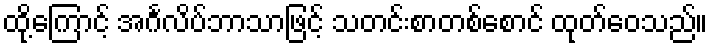
ထို့ကြောင့် အင်္ဂလိပ်ဘာသာဖြင့် သတင်းစာတစ်စောင် ထုတ်ဝေသည်။